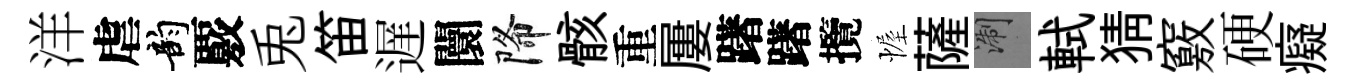
洋虐韵覈兎笛遅闤降骸重屢躇躇攬幄薩浙軾猜竅硬癡